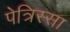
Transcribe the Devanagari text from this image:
पेत्रिस्सा